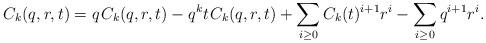
LaTeX: \begin{align*}C_k(q,r,t) = q \kern+1pt C_k(q,r,t) - q^k t \kern+1pt C_k(q,r,t) + \sum_{i \geq 0} C_k(t)^{i+1} r^i - \sum_{i \geq 0} q^{i+1} r^i.\end{align*}